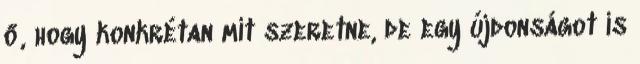
ő, hogy konkrétan mit szeretne, de egy újdonságot is